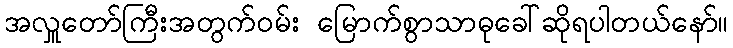
အလှူတော်ကြီးအတွက်ဝမ်း မြောက်စွာသာဓုခေါ်ဆိုရပါတယ်နော်။